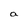
Character: a